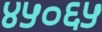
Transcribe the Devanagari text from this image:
४५०६५